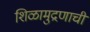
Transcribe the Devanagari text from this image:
शिळामुद्रणाची